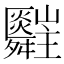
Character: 𦨄